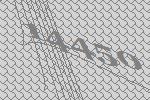
14450